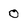
Character: 0